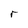
Character: r